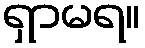
ရှာမရ။